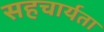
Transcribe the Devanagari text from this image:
सहचार्यता